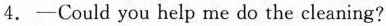
4. -Could you help me do the cleaning?